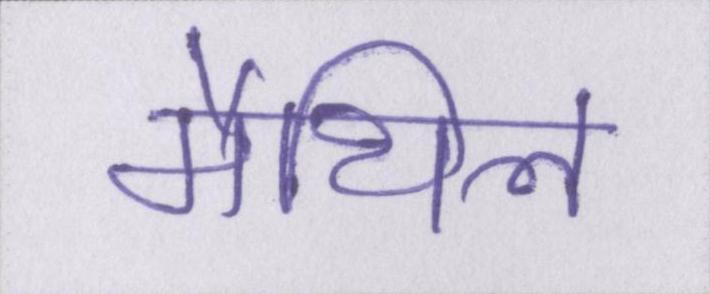
मैथिल